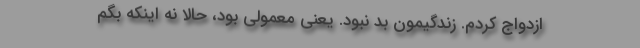
ازدواج کردم. زندگیمون بد نبود. یعنی معمولی بود، حالا نه اینکه بگم